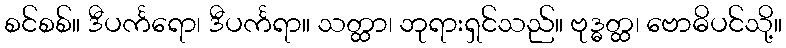
စင်စစ်။ ဒီပင်္ကရော၊ ဒီပင်္ကရာ။ သတ္ထာ၊ ဘုရားရှင်သည်။ ဗုဒ္ဓတ္ထ၊ ဗောဓိပင်သို့။